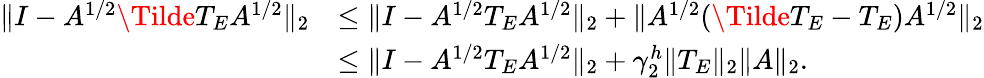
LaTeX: \begin{array}{rl}{\lVert I-A^{1/2}\Tilde{T}_{E}A^{1/2}\rVert_{2}}&{\leq\lVert I-A^{1/2}T_{E}A^{1/2}\rVert_{2}+\lVert A^{1/2}(\Tilde{T}_{E}-T_{E})A^{1/2}\rVert_{2}}\\ &{\leq\lVert I-A^{1/2}T_{E}A^{1/2}\rVert_{2}+\gamma_{2}^{h}\lVert T_{E}\rVert_{2}\lVert A\rVert_{2}.}\end{array}